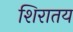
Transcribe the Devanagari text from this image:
शिरातय